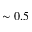
\sim 0 . 5